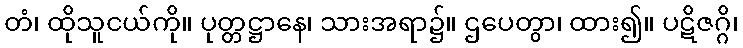
တံ၊ ထိုသူငယ်ကို။ ပုတ္တဋ္ဌာနေ၊ သားအရာ၌။ ဌပေတွာ၊ ထား၍။ ပဋိဇဂ္ဂိ၊